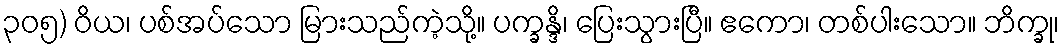
၃၀၅) ဝိယ၊ ပစ်အပ်သော မြားသည်ကဲ့သို့။ ပက္ခန္ဒိ၊ ပြေးသွားပြီ။ ဧကော၊ တစ်ပါးသော။ ဘိက္ခု၊